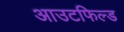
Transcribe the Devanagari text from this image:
आउटफिल्ड